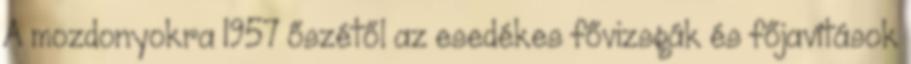
A mozdonyokra 1957 őszétől az esedékes fővizsgák és főjavítások